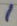
Text: 1